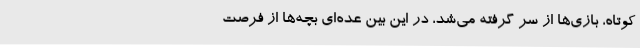
کوتاه، بازی‌ها از سر گرفته می‌شد، در این بین عده‌ای بچه‌ها از فرصت